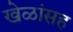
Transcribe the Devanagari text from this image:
खेळांसह